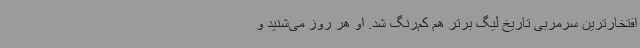
افتخارترین سرمربی تاریخ لیگ برتر هم کم‌رنگ شد. او هر روز می‌شنید و